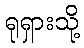
ရုရှားသို့